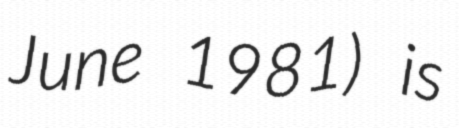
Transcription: June 1981) is